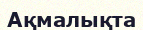
Ақмалықта